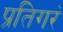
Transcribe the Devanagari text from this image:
प्रतिगरं